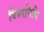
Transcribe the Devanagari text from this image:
बिद्यानिधि